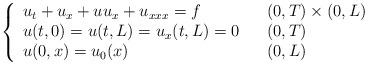
LaTeX: \begin{align*}\left\{\begin{array}[c]{lll}u_{t}+u_{x}+uu_{x}+u_{xxx}= f & & ( 0,T) \times( 0,L) \\u( t,0) =u( t,L) =u_{x}( t,L) =0 & & ( 0,T) \\u( 0,x) =u_{0}( x) & & ( 0,L) \end{array}\right. \end{align*}